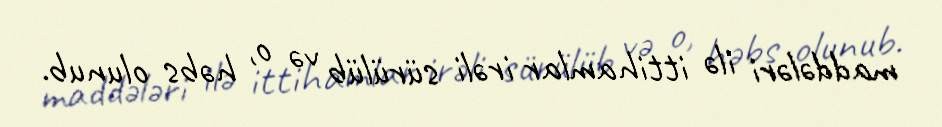
maddələri ilə ittihamlar irəli sürülüb və o, həbs olunub.